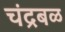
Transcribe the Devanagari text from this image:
चंद्रबळ